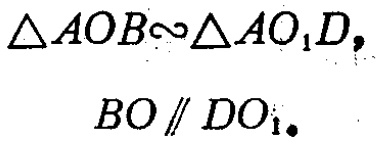
\(\triangle AOB\sim\triangle AO_{1}D,\)
\(BO\parallel DO_{1}.\)